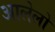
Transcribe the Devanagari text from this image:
आलेलो